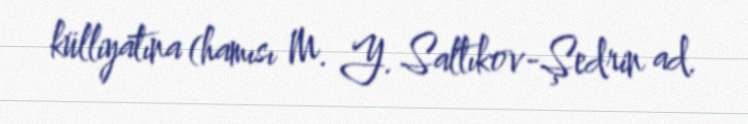
külliyatına (hamısı M. Y. Saltıkov-Şedrin ad.